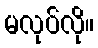
မလုပ်လို။